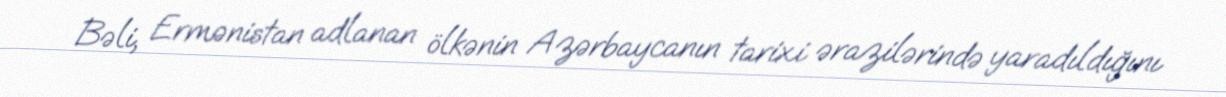
Bəli, Ermənistan adlanan ölkənin Azərbaycanın tarixi ərazilərində yaradıldığını